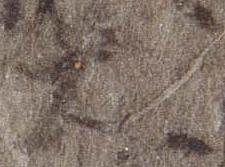
大